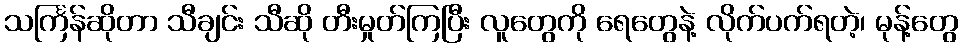
သင်္ကြန်ဆိုတာ သီချင်း သီဆို တီးမှုတ်ကြပြီး လူတွေကို ရေတွေနဲ့ လိုက်ပက်ရတဲ့၊ မုန့်တွေ